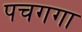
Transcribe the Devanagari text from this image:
पचगगा